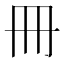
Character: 冊